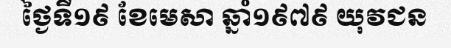
ថ្ងៃទី១៩ ខែមេសា ឆ្នាំ១៩៧៩ យុវជន